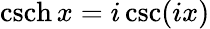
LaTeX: \operatorname{csch}x=i\csc(ix)